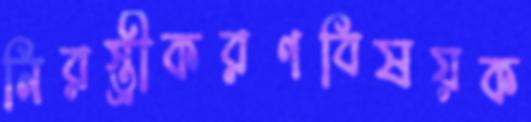
নিরস্ত্রীকরণবিষয়ক